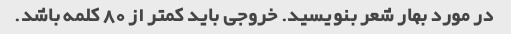
در مورد بهار شعر بنویسید. خروجی باید کمتر از 80 کلمه باشد.